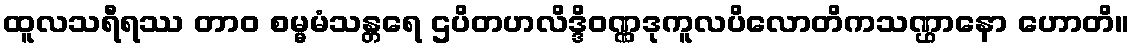
ထူလသရီရဿ တာဝ စမ္မမံသန္တရေ ဌပိတဟလိဒ္ဒိဝဏ္ဏဒုကူလပိလောတိကသဏ္ဌာနော ဟောတိ။